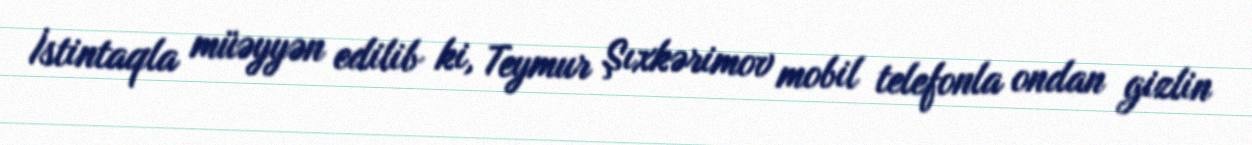
İstintaqla müəyyən edilib ki, Teymur Şıxkərimov mobil telefonla ondan gizlin